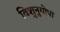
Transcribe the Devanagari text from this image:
विशुनुगोपा